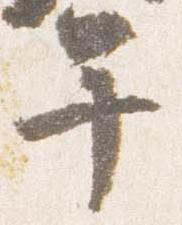
午